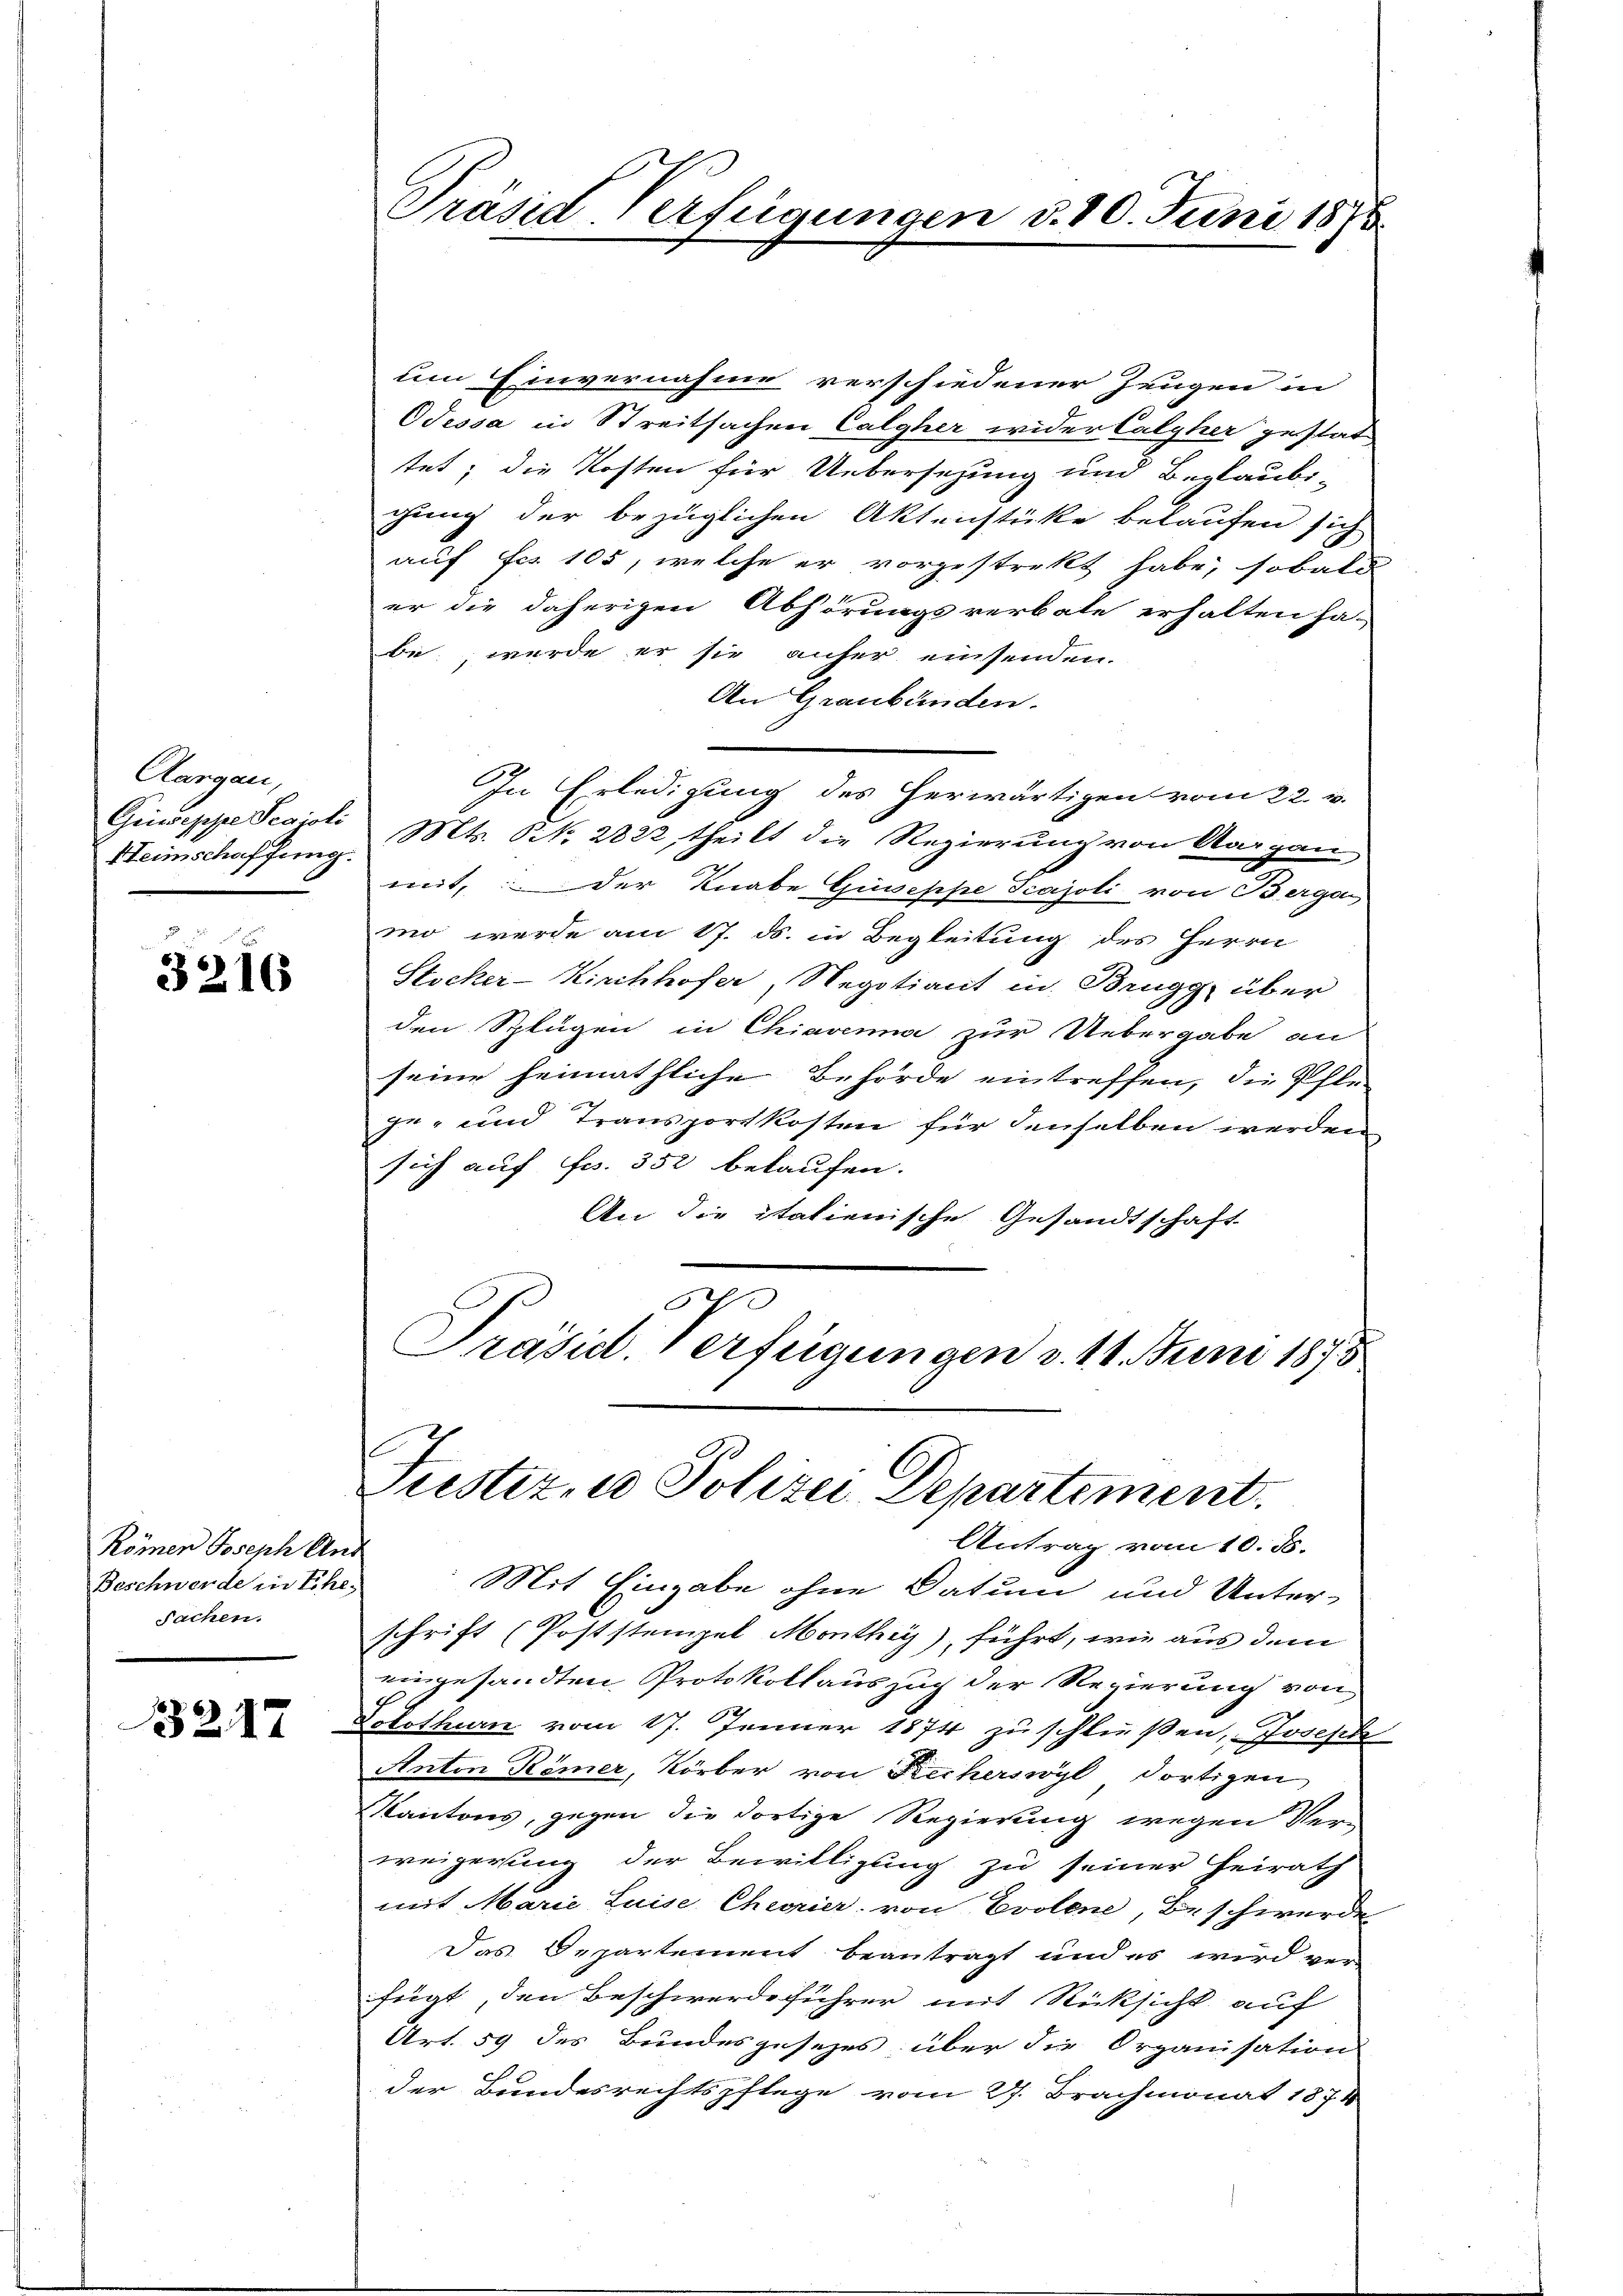
Aargau,
Griwseppe Segioli
Heimschaffung.

3216

Römen Joseph And
Beschwerde in Ehe.
Sachen.

1247

Präsid-Verfügungen d. 10. Juni 1875

um Einvernahme verschiedener Zeugen in
Odessa in Streitsachen Calgher wider Calyher gestat
tet; die Kosten für Uebersezung und Beglaubi-
gung der bezüglichen Aktenstücke belaufen sich
auf Fr. 105, welche er vorgestrekt habe, sobald
er die daherigen Abhörungsverbate erhalten ha-
be, wurde er sie anher einsenden.
An Graubünden.
In Erledigung des herwärtigen vom 22. v.
Mts. No 2822, theilt die Regierung von Aargau
mit, der Knabe Giuseppe Scajoli von Bergan
mo werde am 17. ds. in Begleitung des Herrn
Stocker-Kirchhofer, Regotiant in Brugg, über
den Splügen in Chiavenna zur Uebergabe an
seine heimathliche Behörde eintreffen, die Pfle¬
In- und Transportkosten für denselben werden
sich auf Fr. 352 belaufen.
An die italienische Gesandtschaft
h
Präsid. Verfügungen d. 11. Juni 1875

Justiz, u. Polizei Departement.
Antrag vom 10. ds.

Mit Eingabe ohne Datum und Unter-
schrift (Poststempel Monthey), führt, wie aus dem
eingesandten Protokoll auszug der Regierung von
Solothurn vom 17. Jenner 1874 zu schließen, Joseph
Anton Römer, Körber von Kecherswyl dortigen
Kantons, gegen die dortige Regierung wegen Verweigerung der Bewilligung zu seiner Heirath
mit Marie Luise Cheorier, von Evolene, Beschwerde
Das Departement beantragt und es wird ver-
fügt, den Beschwerdeführer mit Rücksicht auf
Art. 59 des Bundesgesezes über die Organisation
der Bundesrechtspflege vom 27. Brachmonat 1874